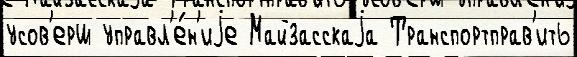
усов'ерш управл'е́н'иjе Майзасскаjа Транспортправ'ить